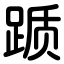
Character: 踬